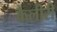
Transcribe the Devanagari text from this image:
कैलीरी